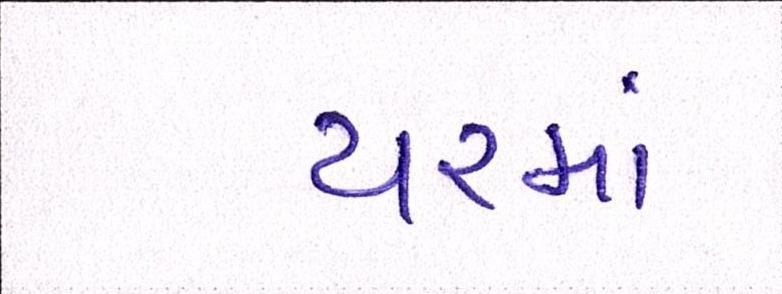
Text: યરમાં